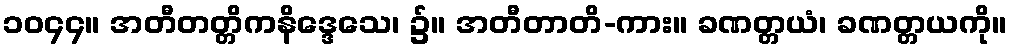
၁၀၄၄။ အတီတတ္တိကနိဒ္ဒေသေ၊ ၌။ အတီတာတိ-ကား။ ခဏတ္တယံ၊ ခဏတ္တယကို။